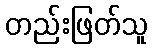
တည်းဖြတ်သူ